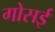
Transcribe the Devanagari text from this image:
गोसई